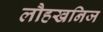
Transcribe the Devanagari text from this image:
लौहखनिज